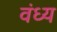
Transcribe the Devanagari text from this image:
वंध्य